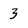
Character: 3